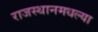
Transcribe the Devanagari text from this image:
राजस्थानमधल्या